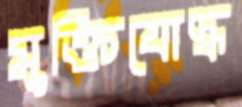
মুক্তিযোদ্ধ